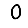
Digit: 0